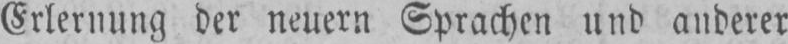
Erlernung der neuern Sprachen und anderer